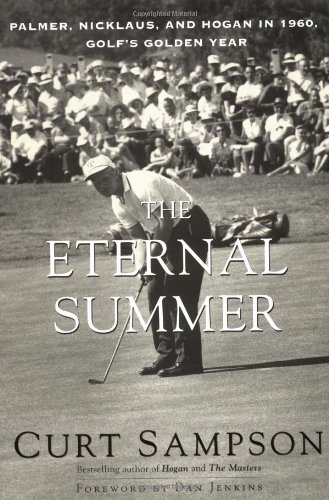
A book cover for The Eternal Summer: Palmer, Nicklaus, and Hogan in 1960, Golf's Golden Year; Curt Sampson; Biographies & Memoirs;